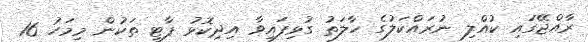
ރާއްޖޭގައި ކުއްލި ނުރައްކަލުގެ ހާލަތު ގުޅިފައިވާ އިދިކޮޅު ޕާޓީ ތަކުން މިމަހު 16